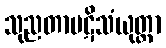
သုညတာပဋိသံယုတ္တာ